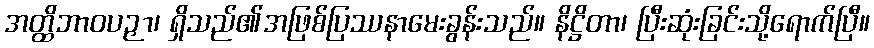
အတ္ထိဘာဝပဉှာ၊ ရှိသည်၏အဖြစ်ပြဿနာမေးခွန်းသည်။ နိဋ္ဌိတာ၊ ပြီးဆုံးခြင်းသို့ရောက်ပြီ။